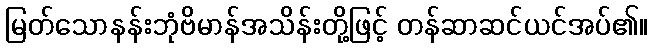
မြတ်သောနန်းဘုံဗိမာန်အသိန်းတို့ဖြင့် တန်ဆာဆင်ယင်အပ်၏။